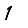
Digit: 1